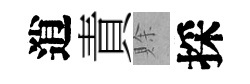
逍責賖採